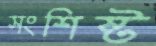
সংশিষ্ট